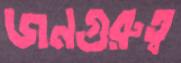
জনগুরুত্ব